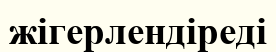
жігерлендіреді